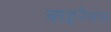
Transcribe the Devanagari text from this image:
बाइरैमस